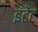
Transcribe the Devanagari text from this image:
इंटेंट